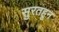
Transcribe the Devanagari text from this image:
सुरतहून